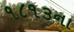
૧૮૧૩ના